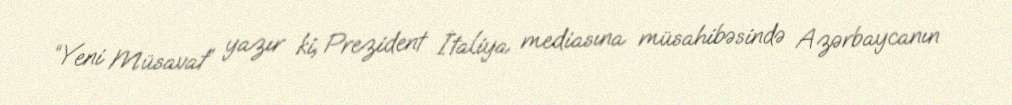
“Yeni Müsavat” yazır ki, Prezident İtaliya mediasına müsahibəsində Azərbaycanın